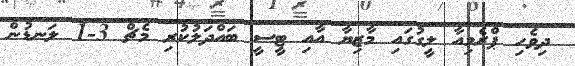
ދިވެހި ޕްރެމިއާ ލީގުގައި މާޒިޔާ އާއި ޓީސީ ބައްދަލުކުރި މެޗް 3-1 ލަނޑުން